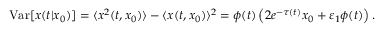
\mathrm { V a r } [ x ( t | x _ { 0 } ) ] = \langle x ^ { 2 } ( t , x _ { 0 } ) \rangle - \langle x ( t , x _ { 0 } ) \rangle ^ { 2 } = \phi ( t ) \left( 2 e ^ { - \tau ( t ) } x _ { 0 } + \varepsilon _ { 1 } \phi ( t ) \right) .